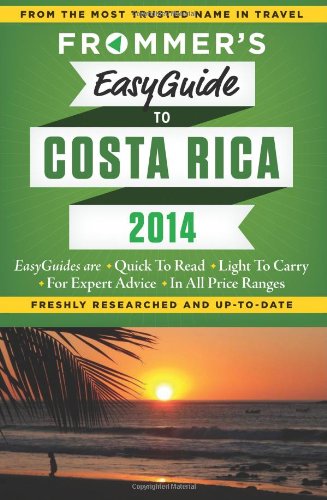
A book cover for Frommer's EasyGuide to Costa Rica 2014 (Easy Guides); Eliot Greenspan; Travel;